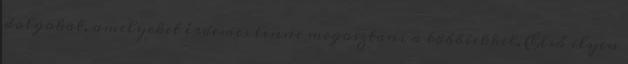
dolgokat, amelyeket érdemes lenne megosztani a többiekkel. Első ilyen